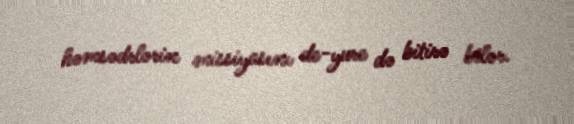
həmsədrlərin missiyasını de-yure də bitirə bilər.